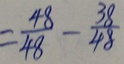
= \frac { 4 8 } { 4 8 } - \frac { 3 8 } { 4 8 }